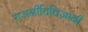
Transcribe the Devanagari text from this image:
राजनीतिविज्ञानी